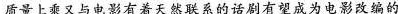
质量上乘又与电影有着天然联系的话剧有望成为电影改编的